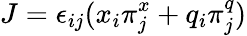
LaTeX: J=\epsilon_{ij}(x_{i}\pi_{j}^{x}+q_{i}\pi_{j}^{q})